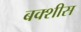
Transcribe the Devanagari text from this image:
बक्शीस